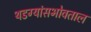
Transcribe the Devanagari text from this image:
थडग्यांसभोवताल